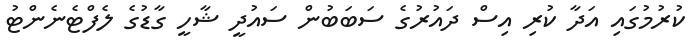
ކުރުމުގައި އަދާ ކުރި އިސް ދައުރުގެ ސަބަބުން ސައުދީ ޝާހީ ގާޑުގެ ލެފްޓެނެންޓު